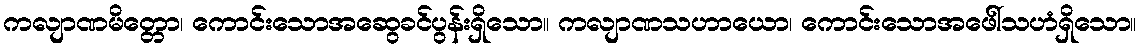
ကလျာဏမိတ္တော၊ ကောင်းသောအဆွေခင်ပွန်းရှိသော။ ကလျာဏသဟာယော၊ ကောင်းသောအဖေါ်သဟံရှိသော။